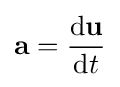
\mathbf {a} ={\frac {\mathrm {d} \mathbf {u} }{\mathrm {d} t}}\,\!